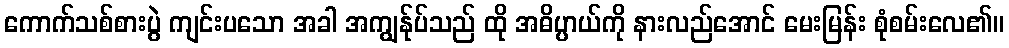
ကောက်သစ်စားပွဲ ကျင်းပသော အခါ အကျွန်ုပ်သည် ထို အဓိပ္ပာယ်ကို နားလည်အောင် မေးမြန်း စုံစမ်းလေ၏။